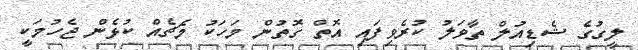
ލީގުގެ ޝެޑިއުލް ތާވަލު ކުރެވިފައި އޮތް ގޮތުން މަހަކު މެޗެއް ކުޅެން ޖެހުމަކީ